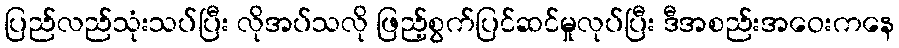
ပြည်လည်သုံးသပ်ပြီး လိုအပ်သလို ဖြည့်စွက်ပြင်ဆင်မှုလုပ်ပြီး ဒီအစည်းအဝေးကနေ